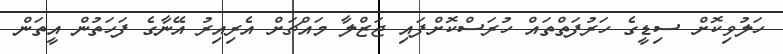
ހަލުވިކޮށް ސިޑީގެ ހަރުފަތްތައް ހުރަސްކޮށްފައި ޖަޒްލާ މައްޗަށް އެރިއިރު އޭނާގެ ފަހަތުން އީތަން